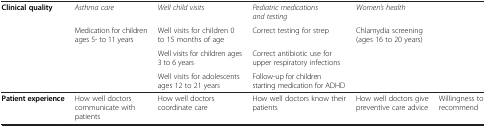
| <COLSPAN=6>  |
 | --- | --- | --- | --- | --- | --- |
 | Clinical quality | Asthma care | Well child visits | Pediatric medications and testing | Women’s health |  |
 |  | Medication for children ages 5- to 11 years | Well visits for children 0 to 15 months of age | Correct testing for strep | Chlamydia screening (ages 16 to 20 years) |  |
 |  |  | Well visits for children ages 3 to 6 years | Correct antibiotic use for upper respiratory infections |  |  |
 |  |  | Well visits for adolescents ages 12 to 21 years | Follow-up for children starting medication for ADHD |  |  |
 | Patient experience | How well doctors communicate with patients | How well doctors coordinate care | How well doctors know their patients | How well doctors give preventive care advice | Willingness to recommend |